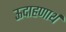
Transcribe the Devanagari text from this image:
ऊदाहणार्थ